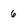
Character: 6